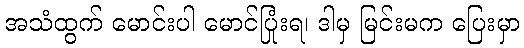
အသံထွက် မောင်းပါ မောင်ပြုံးရ၊ ဒါမှ မြင်းမက ပြေးမှာ